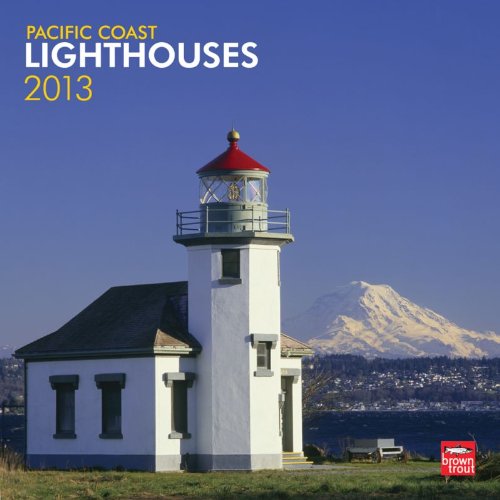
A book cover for Pacific Coast Lighthouses 2013 Square 12X12 Wall; Browntrout Publishers; Calendars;